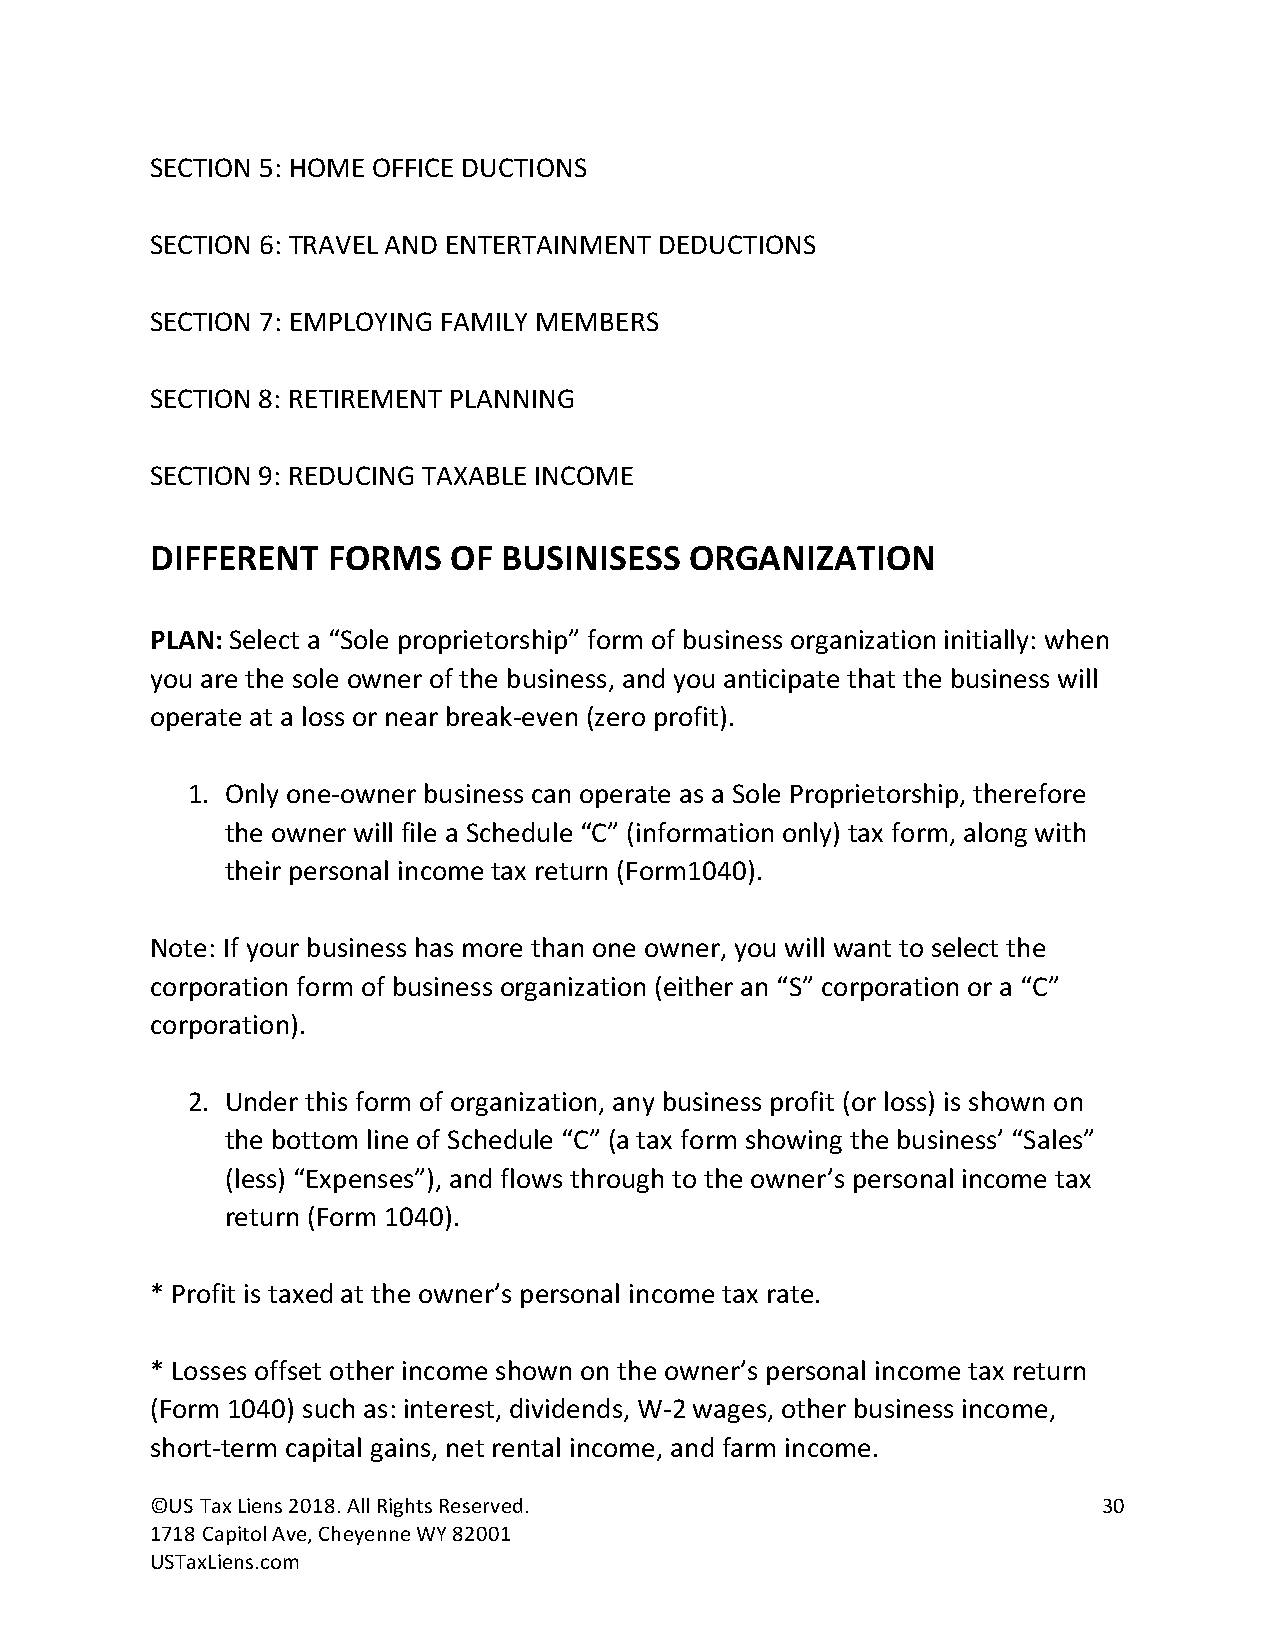
SECTION 5: HOME OFFICE DUCTIONS
 SECTION 6: TRAVEL AND ENTERTAINMENT DEDUCTIONS
 SECTION 7: EMPLOYING FAMILY MEMBERS
 SECTION 8: RETIREMENT PLANNING
 SECTION 9: REDUCING TAXABLE INCOME
 DIFFERENT   FORMS   OF BUSINISESS   ORGANIZATION
 PLAN: Select a “Sole proprietorship” form of business organization initially: when
 you are the sole owner of the business, and you anticipate that the business will
 operate at a loss or near break-even (zero profit).
 1. Only one-owner business can operate as a Sole Proprietorship, therefore
 the owner will file a Schedule “C” (information only) tax form, along with
 their personal income tax return (Form1040).
 Note: If your business has more than one owner, you will want to select the
 corporation form of business organization (either an “S” corporation or a “C”
 corporation).
 2. Under this form of organization, any business profit (or loss) is shown on
 the bottom line of Schedule “C” (a tax form showing the business’ “Sales”
 (less) “Expenses”), and flows through to the owner’s personal income tax
 return (Form 1040).
 * Profit is taxed at the owner’s personal income tax rate.
 * Losses offset other income shown on the owner’s personal income tax return
 (Form 1040) such as: interest, dividends, W-2 wages, other business income,
 short-term capital gains, net rental income, and farm income.
 ©US Tax Liens 2018. All Rights Reserved.                       30
 1718 Capitol Ave, Cheyenne WY 82001
 USTaxLiens.com